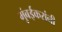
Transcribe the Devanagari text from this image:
मुंबईकरांनी